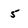
Character: 5